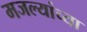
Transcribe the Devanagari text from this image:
मजल्यांच्या